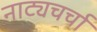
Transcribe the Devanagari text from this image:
नाट्यचर्चा